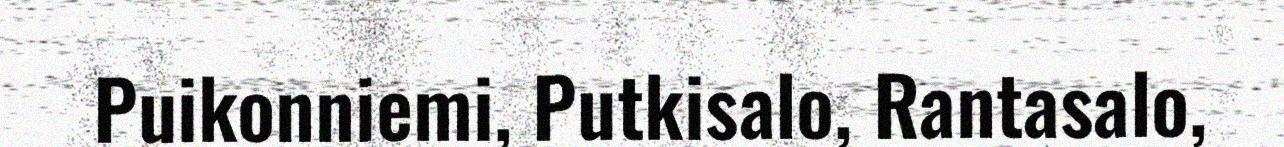
Puikonniemi, Putkisalo, Rantasalo,